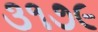
૩૧૭૯